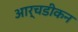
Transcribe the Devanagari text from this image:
आर्चडीकन